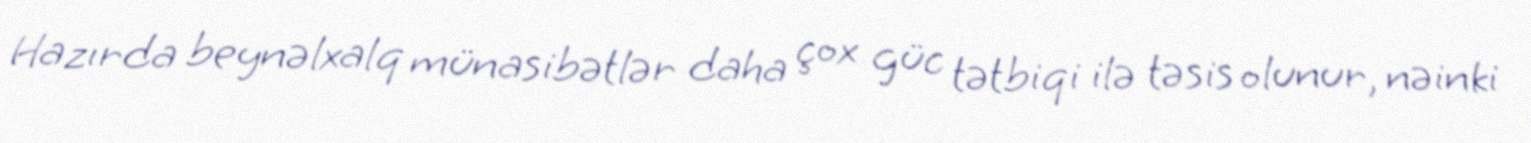
Hazırda beynəlxalq münasibətlər daha çox güc tətbiqi ilə təsis olunur, nəinki